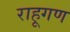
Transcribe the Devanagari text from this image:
राहूगण